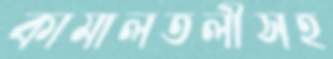
কামালতলীসহ